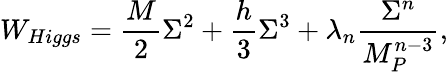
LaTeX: W_{Higgs}={\frac{M}{2}}\Sigma^{2}+{\frac{h}{3}}\Sigma^{3}+\lambda_{n}{\frac{\Sigma^{n}}{M_{P}^{n-3}}},